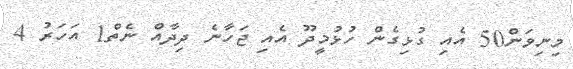
މިނިވަން50 އެއި ގުޅިގެން ހުޅުމީދޫ އެއި ޖަހާނެ ދިދާއް ނެތް1 އަހަރު 4